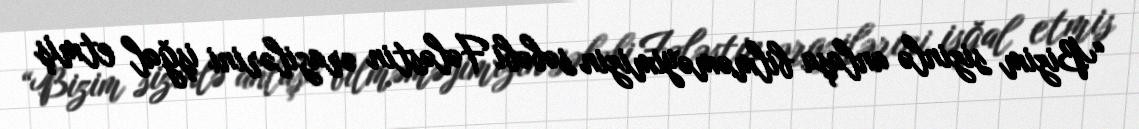
“Bizim sizinlə anlaşa bilməməyimizin səbəbi Fələstin ərazilərini işğal etmiş